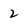
Character: 2